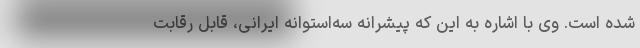
شده است. وی با اشاره به این که پیشرانه سه‌استوانه ایرانی، قابل رقابت